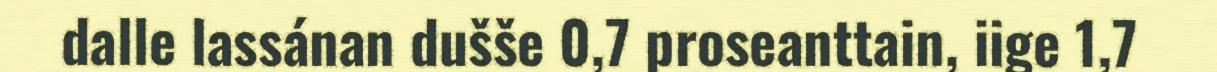
dalle lassánan dušše 0,7 proseanttain, iige 1,7